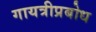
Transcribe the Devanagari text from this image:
गायत्रीप्रबोध